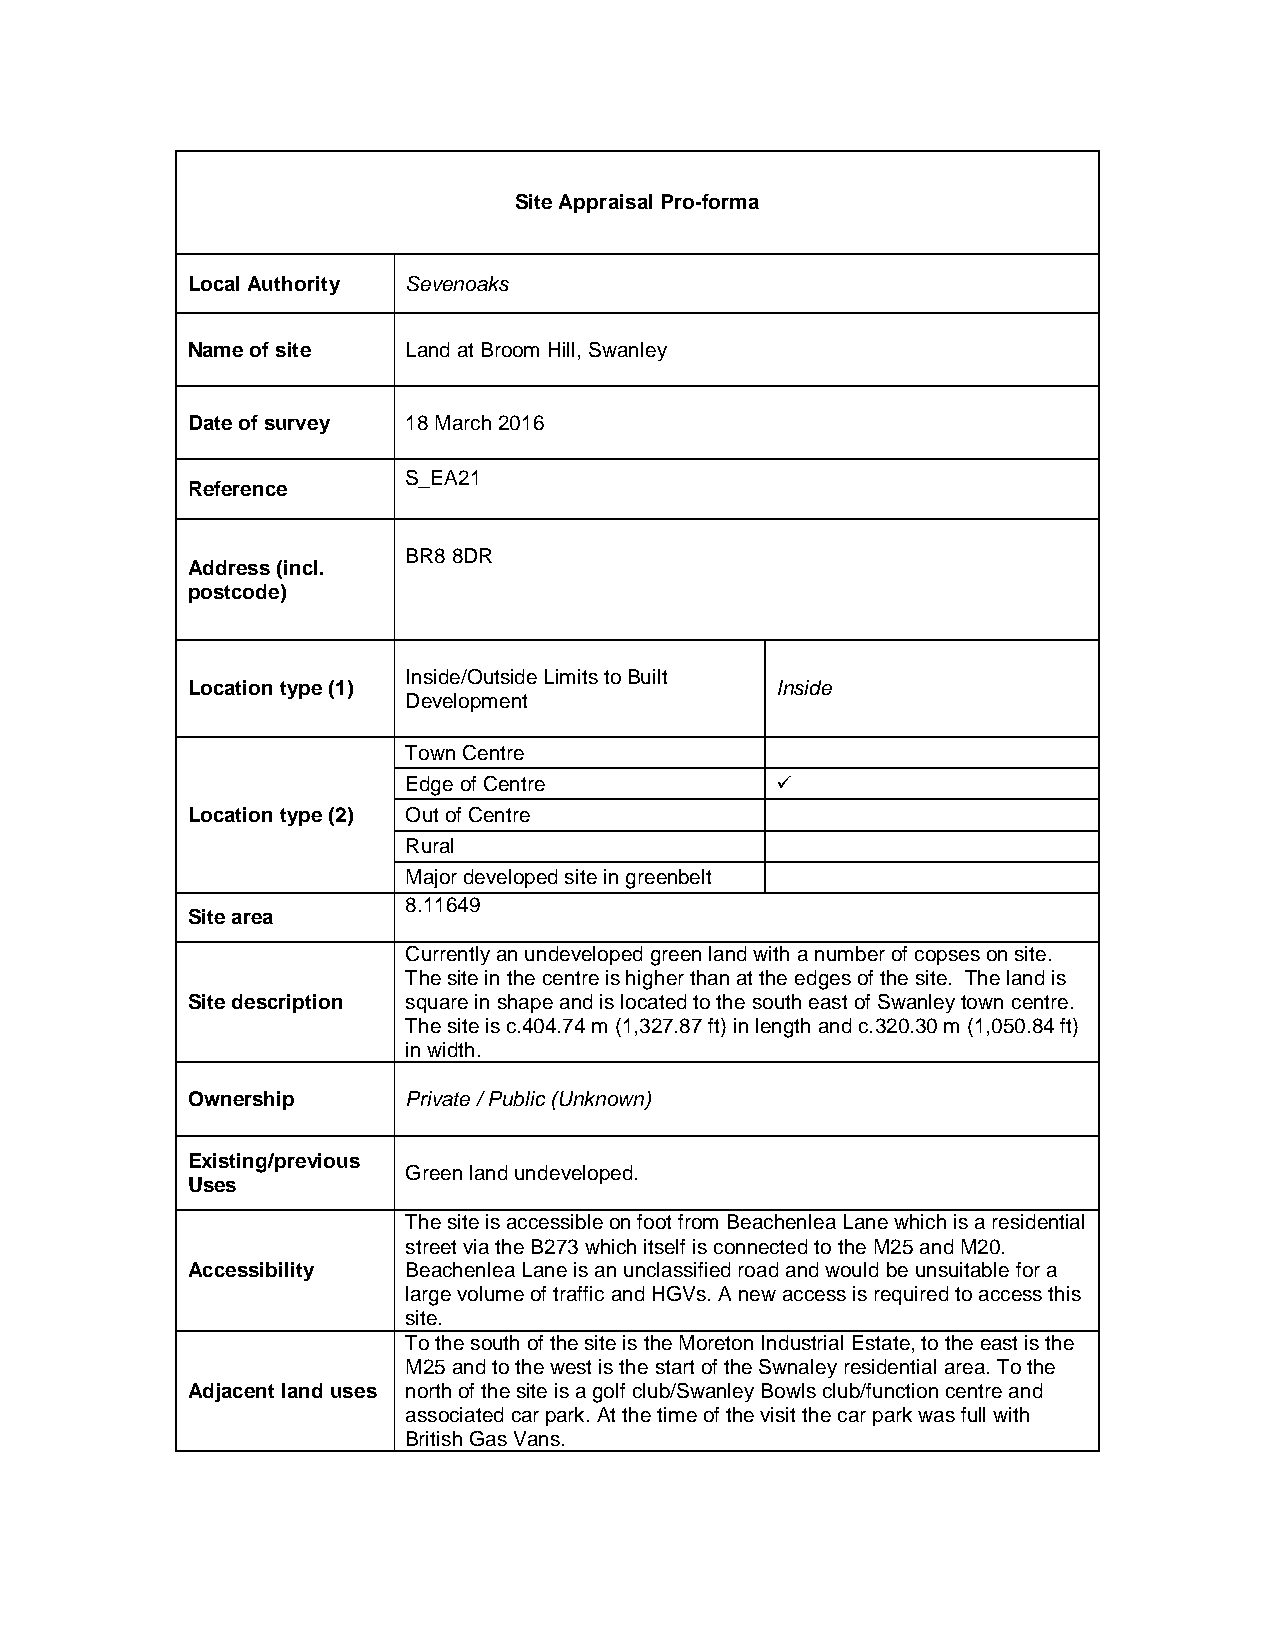
Site Appraisal Pro-forma
 Local Authority Sevenoaks
 Name of site   Land at Broom Hill, Swanley
 Date of survey 18 March 2016
 S_EA21
 Reference
 BR8 8DR
 Address (incl.
 postcode)
 Inside/Outside Limits to Built
 Location type (1)                      Inside
 Development
 Town Centre
 Edge of Centre          
 Location type (2) Out of Centre
 Rural
 Major developed site in greenbelt
 8.11649
 Site area
 Currently an undeveloped green land with a number of copses on site.
 The site in the centre is higher than at the edges of the site. The land is
 Site description square in shape and is located to the south east of Swanley town centre.
 The site is c.404.74 m (1,327.87 ft) in length and c.320.30 m (1,050.84 ft)
 in width.
 Ownership      Private / Public (Unknown)
 Existing/previous
 Green land undeveloped.
 Uses
 The site is accessible on foot from Beachenlea Lane which is a residential
 street via the B273 which itself is connected to the M25 and M20.
 Accessibility  Beachenlea Lane is an unclassified road and would be unsuitable for a
 large volume of traffic and HGVs. A new access is required to access this
 site.
 To the south of the site is the Moreton Industrial Estate, to the east is the
 M25 and to the west is the start of the Swnaley residential area. To the
 Adjacent land uses north of the site is a golf club/Swanley Bowls club/function centre and
 associated car park. At the time of the visit the car park was full with
 British Gas Vans.